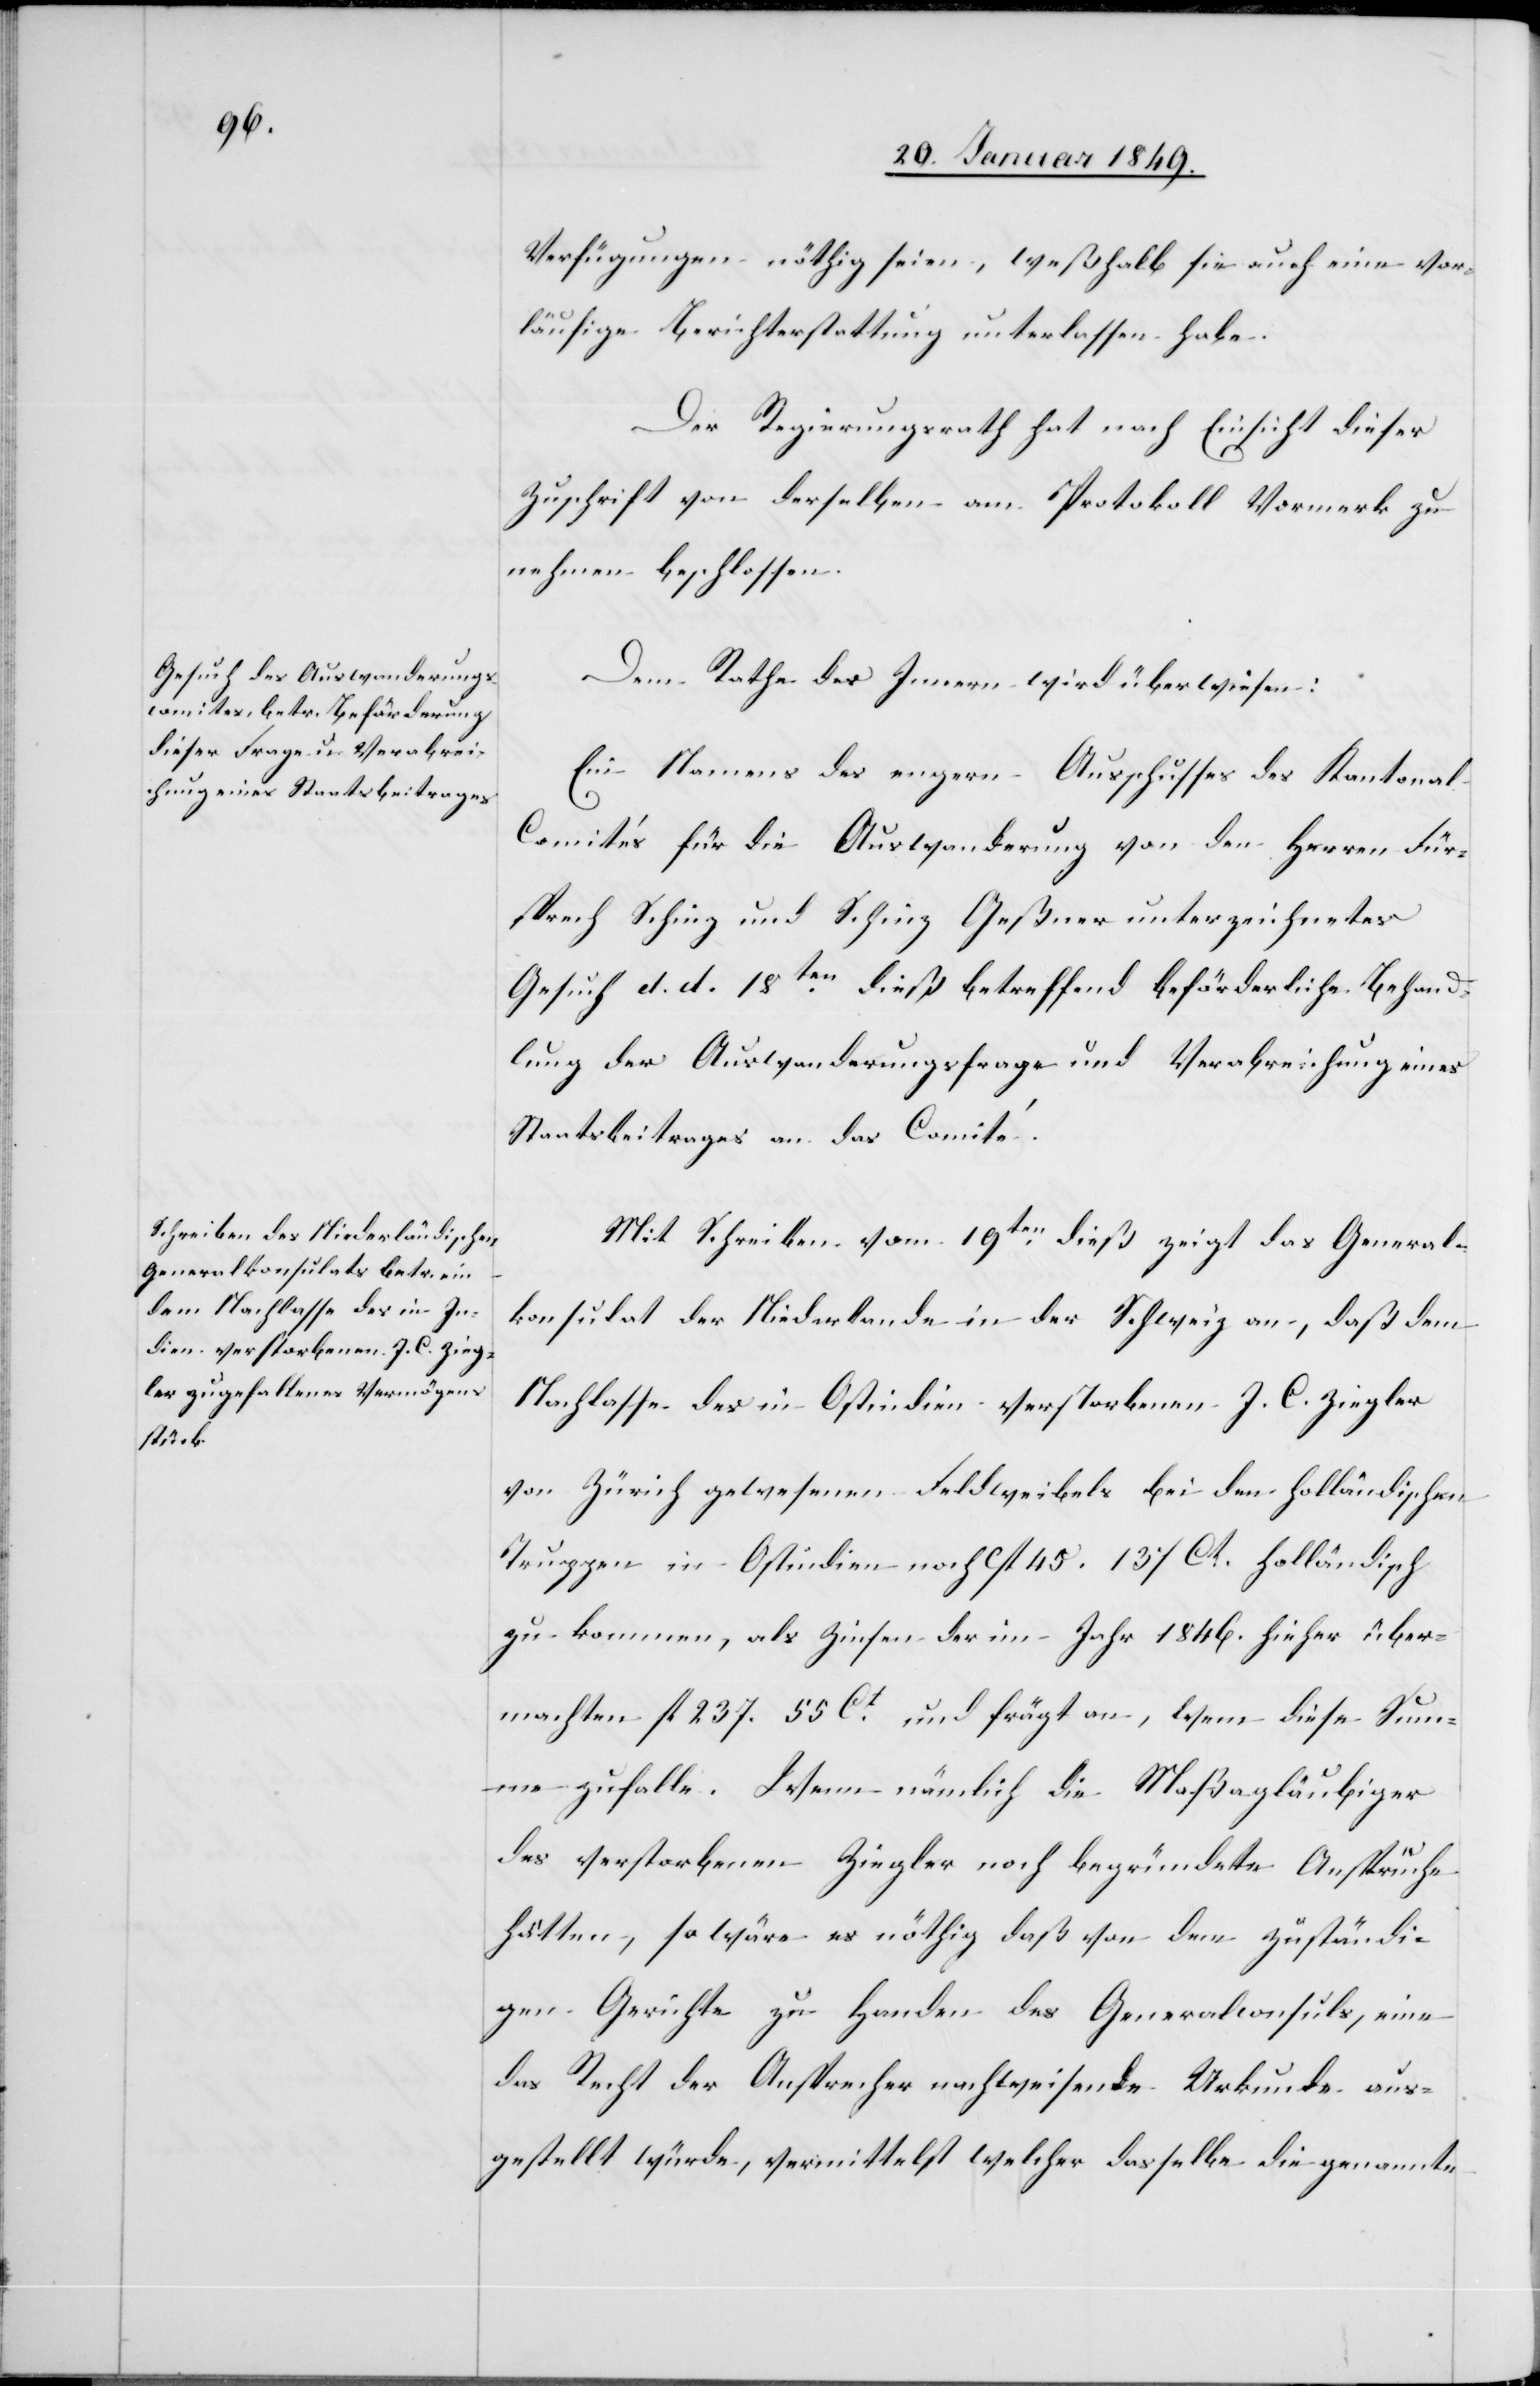
Verfügungen nöthig seien, weßhalb sie auch eine vor¬
läufige Berichterstattung unterlassen habe.
Der Regierungsrath hat nach Einsicht dieser
Zuschrift von derselben am Protokoll Vormerk zu
nehmen beschlossen.
Dem Rathe des Innern wird überwiesen:
Ein Namens des engern Ausschusses des Kantona¬
l-Comités für die Auswanderung von den Herren Für¬
sprech Schinz und Schinz Geßner unterzeichnetes
Gesuch d. d. 18ten. dieß betreffend beförderliche Behand¬
lung der Auswanderungsfrage und Verabreichung eines
Staatsbeitrages an das Comité.
Mit Schreiben vom 19ten. dieß zeigt das General¬
konsulat der Niederlande in der Schweiz an, daß dem
Nachlasse des in Ostindien verstorbenen J. C. Ziegler
von Zürich gewesenen Feldweibels bei den holländischen
Truppen in Ostindien noch Cfl. 45. 13[?] Ct. holländisch
zukommen, als Zinsen der im Jahr 1846. hieher über¬
machten fl. 237. 55 Ct. und frägt an, wem diese Sum¬
me zufalle. Wenn nämlich die Maßagläubiger
des verstorbenen Ziegler noch begründete Ansprüche
hätten, so wäre es nöthig daß von dem zuständi¬
gen Gerichte zu Handen des Generalkonsuls, eine
das Recht der Ansprecher nachweisende Urkunde aus¬
gestellt würde, vermittelst welcher dasselbe die genannte